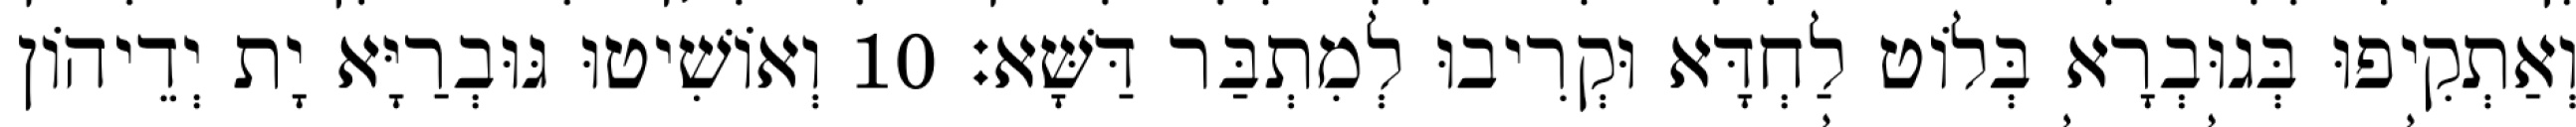
וְאַתְקִיפוּ בְּגוּבְרָא בְּלוֹט לַחְדָּא וּקְרִיבוּ לְמִתְבַּר דַּשָּׁא׃ 10 וְאוֹשִׁיטוּ גּוּבְרַיָּא יָת יְדֵיהוֹן